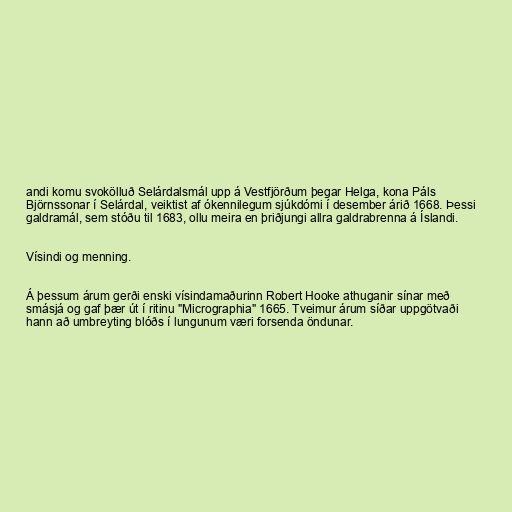
andi komu svokölluð Selárdalsmál upp á Vestfjörðum þegar Helga, kona Páls
Björnssonar í Selárdal, veiktist af ókennilegum sjúkdómi í desember árið 1668. Þessi
galdramál, sem stóðu til 1683, ollu meira en þriðjungi allra galdrabrenna á Íslandi.

Vísindi og menning.

Á þessum árum gerði enski vísindamaðurinn Robert Hooke athuganir sínar með
smásjá og gaf þær út í ritinu "Micrographia" 1665. Tveimur árum síðar uppgötvaði
hann að umbreyting blóðs í lungunum væri forsenda öndunar.